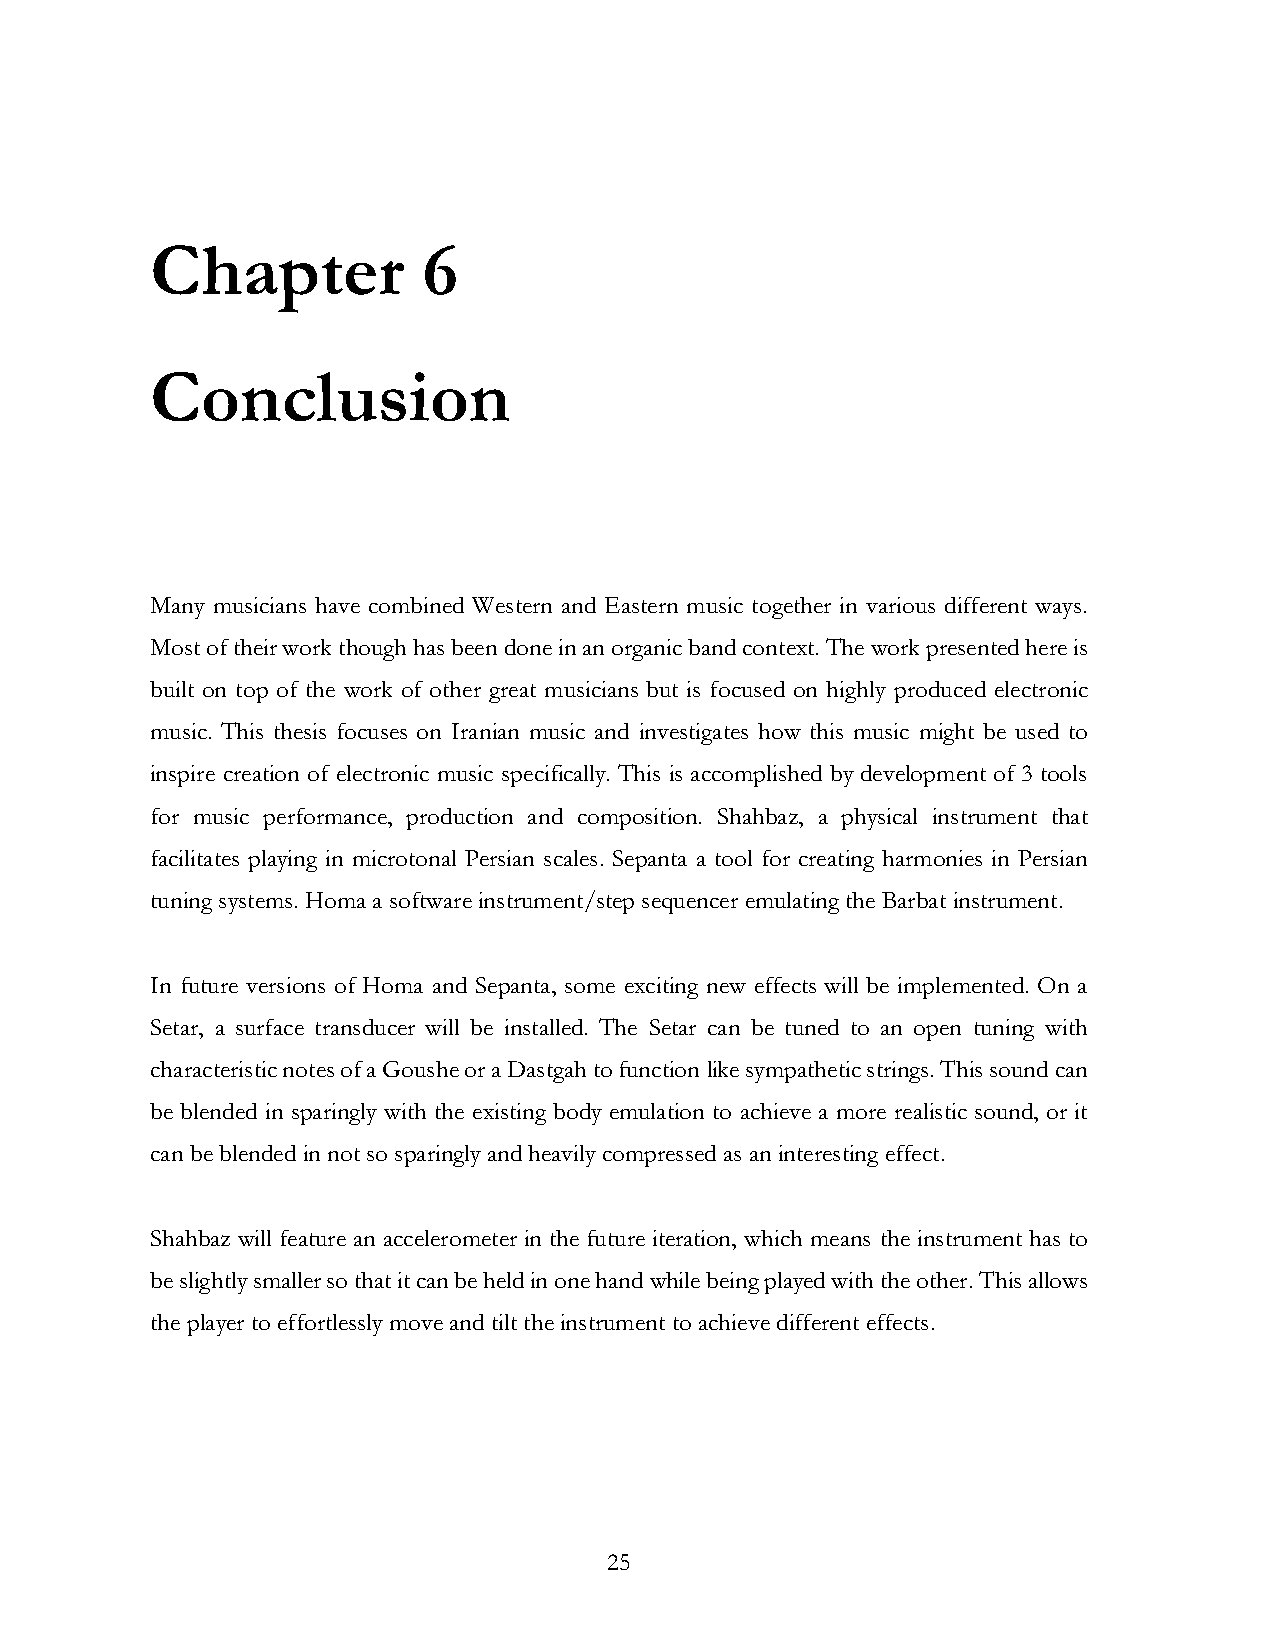
Chapter           6
 Conclusion
 Many musicians have combined Western and Eastern music together in various different ways.
 Most of their work though has been done in an organic band context. The work presented here is
 built on top of the work of other great musicians but is focused on highly produced electronic
 music. This thesis focuses on Iranian music and investigates how this music might be used to
 inspire creation of electronic music specifically. This is accomplished by development of 3 tools
 for music performance, production and composition. Shahbaz, a physical instrument that
 facilitates playing in microtonal Persian scales. Sepanta a tool for creating harmonies in Persian
 tuning systems. Homa a software instrument/step sequencer emulating the Barbat instrument.
 In future versions of Homa and Sepanta, some exciting new effects will be implemented. On a
 Setar, a surface transducer will be installed. The Setar can be tuned to an open tuning with
 characteristic notes of a Goushe or a Dastgah to function like sympathetic strings. This sound can
 be blended in sparingly with the existing body emulation to achieve a more realistic sound, or it
 can be blended in not so sparingly and heavily compressed as an interesting effect.
 Shahbaz will feature an accelerometer in the future iteration, which means the instrument has to
 be slightly smaller so that it can be held in one hand while being played with the other. This allows
 the player to effortlessly move and tilt the instrument to achieve different effects.
 25